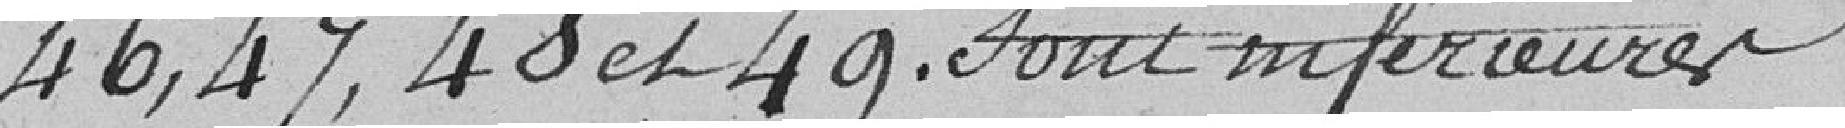
46,47,48 et 49 sont inférieures